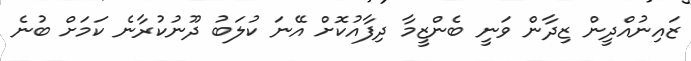
ޒައިނުއްދީން ޒިދާން ވަނީ ބެންޒީމާ ދިފާއުކޮށް އޭނަ ކުލަބު ދޫނުކުރާނެ ކަމަށް ބުނެ